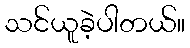
သင်ယူခဲ့ပါတယ်။